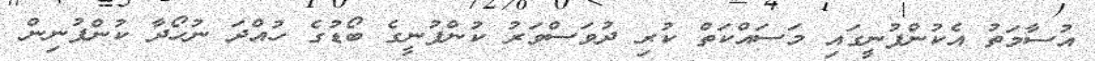
އުސާމަތު އެކުންފުނީގައި މަސައްކަތް ކުރި ދުވަސްވަރު ކުންފުނީގެ ބޯޑުގެ ހުއްދަ ނުހޯދާ ކުންފުނިން